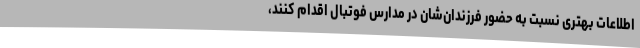
اطلاعات بهتری نسبت به حضور فرزندان‌شان در مدارس فوتبال اقدام کنند،